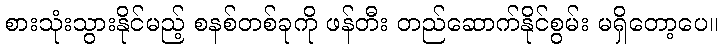
စားသုံးသွားနိုင်မည့် စနစ်တစ်ခုကို ဖန်တီး တည်ဆောက်နိုင်စွမ်း မရှိတော့ပေ။